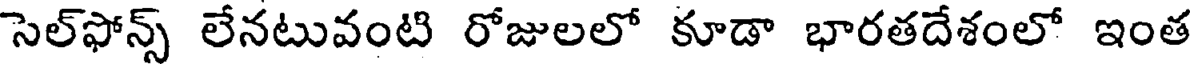
సెల్ఫోన్స్ లేనటువంటి రోజులలో కూడా భారతదేశంలో ఇంత